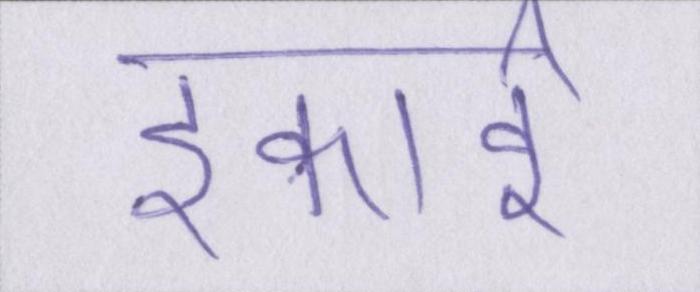
इकाई